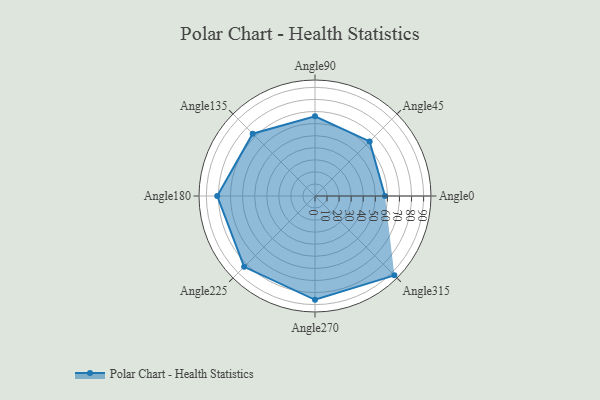
{"axis": {"x": "Angle", "y": "Radius"}, "legend": [""], "data": [{"x": "Angle0", "y": 58.0, "type": ""}, {"x": "Angle45", "y": 64.0, "type": ""}, {"x": "Angle90", "y": 66.0, "type": ""}, {"x": "Angle135", "y": 73.0, "type": ""}, {"x": "Angle180", "y": 81.0, "type": ""}, {"x": "Angle225", "y": 83.0, "type": ""}, {"x": "Angle270", "y": 86.0, "type": ""}, {"x": "Angle315", "y": 93.0, "type": ""}]}